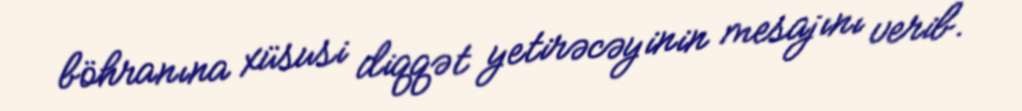
böhranına xüsusi diqqət yetirəcəyinin mesajını verib.